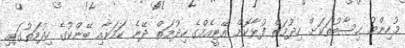
މުހިންމު ހިސާބުތަކަށް ހިދުމަތް ފުޅާކޮށް އޭޓީއެމްގެ ހިދުމަތް ދޭނެ ކަމަށާއި ބޭންކުގެ ހިދުމަތުގައި